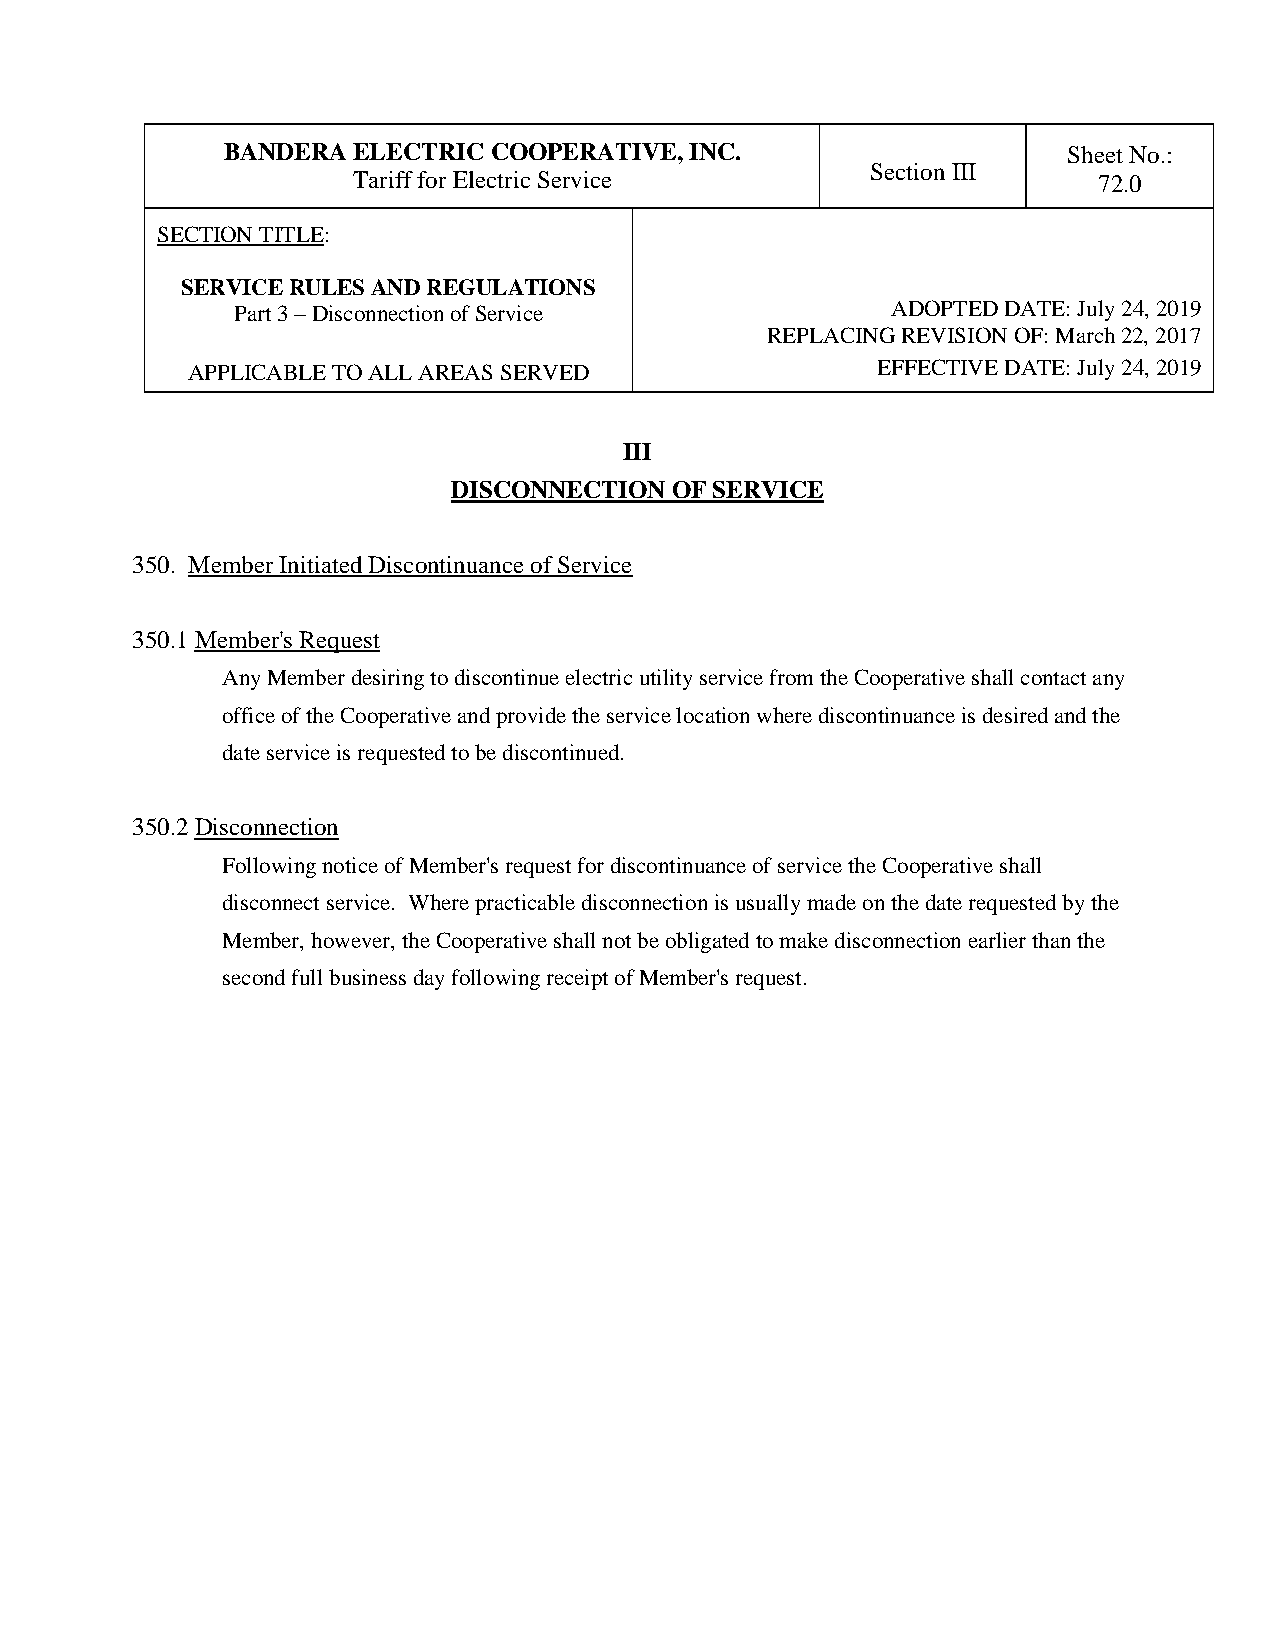
BANDERA ELECTRIC COOPERATIVE,  INC.                     Sheet No.:
 Section III
 Tariff for Electric Service                       72.0
 SECTION TITLE:
 SERVICE RULES AND REGULATIONS
 Part 3 – Disconnection of Service          ADOPTED DATE: July 24, 2019
 REPLACING REVISION OF: March 22, 2017
 APPLICABLE TO ALL AREAS SERVED                EFFECTIVE DATE: July 24, 2019
 III
 DISCONNECTION OF SERVICE
 350. Member Initiated Discontinuance of Service
 350.1 Member's Request
 Any Member desiring to discontinue electric utility service from the Cooperative shall contact any
 office of the Cooperative and provide the service location where discontinuance is desired and the
 date service is requested to be discontinued.
 350.2 Disconnection
 Following notice of Member's request for discontinuance of service the Cooperative shall
 disconnect service. Where practicable disconnection is usually made on the date requested by the
 Member, however, the Cooperative shall not be obligated to make disconnection earlier than the
 second full business day following receipt of Member's request.